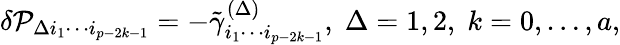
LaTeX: \delta{\cal P}_{\Delta i_{1}\cdots i_{p-2k-1}}=-\tilde{\gamma}_{i_{1}\cdots i_{p-2k-1}}^{(\Delta)},\; \Delta=1,2,\; k=0,\ldots,a,